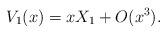
LaTeX: \begin{align*} V_1(x) = xX_1 + O(x^3). \end{align*}